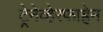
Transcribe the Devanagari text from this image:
ट्रेनेव्हेरफाह्रेन